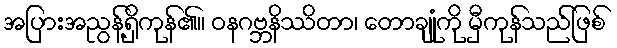
အပြားအညွန့်ရှိကုန်၏။ ဝနဂဗ္ဘနိဿိတာ၊ တောချုံကို မှီကုန်သည်ဖြစ်